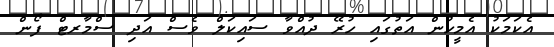
އެކަމަކު އެމީހުން އަތުގައި ހުރޭ ދުއްވާ ސައިކަލް ވެސް އަދި ސްމާރޓް ފޯން